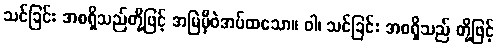
သင်ခြင်း အစရှိသည်တို့ဖြင့် အမြဲမှီဝဲအပ်ထသော။ ဝါ၊ သင်ခြင်း အစရှိသည် တို့ဖြင့်